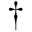
^ \dagger